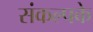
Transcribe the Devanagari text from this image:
संकल्पके